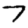
Digit: 7